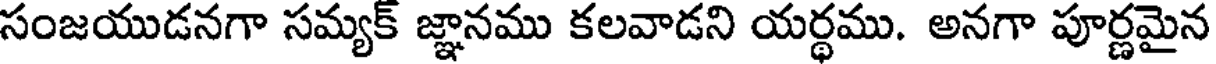
సంజయుడనగా సమ్యక్ జ్ఞానము కలవాడని యర్థము. అనగా పూర్ణమైన